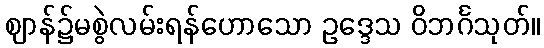
ဈာန်၌မစွဲလမ်းရန်ဟောသော ဥဒ္ဒေသ ဝိဘင်္ဂသုတ်။